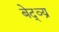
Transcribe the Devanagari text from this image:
बेद्व्य्र